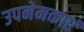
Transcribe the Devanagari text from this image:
उपनेमकाएं